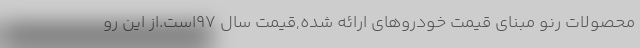
محصولات رنو مبنای قیمت خودروهای ارائه شده,قیمت سال 97است.از این رو